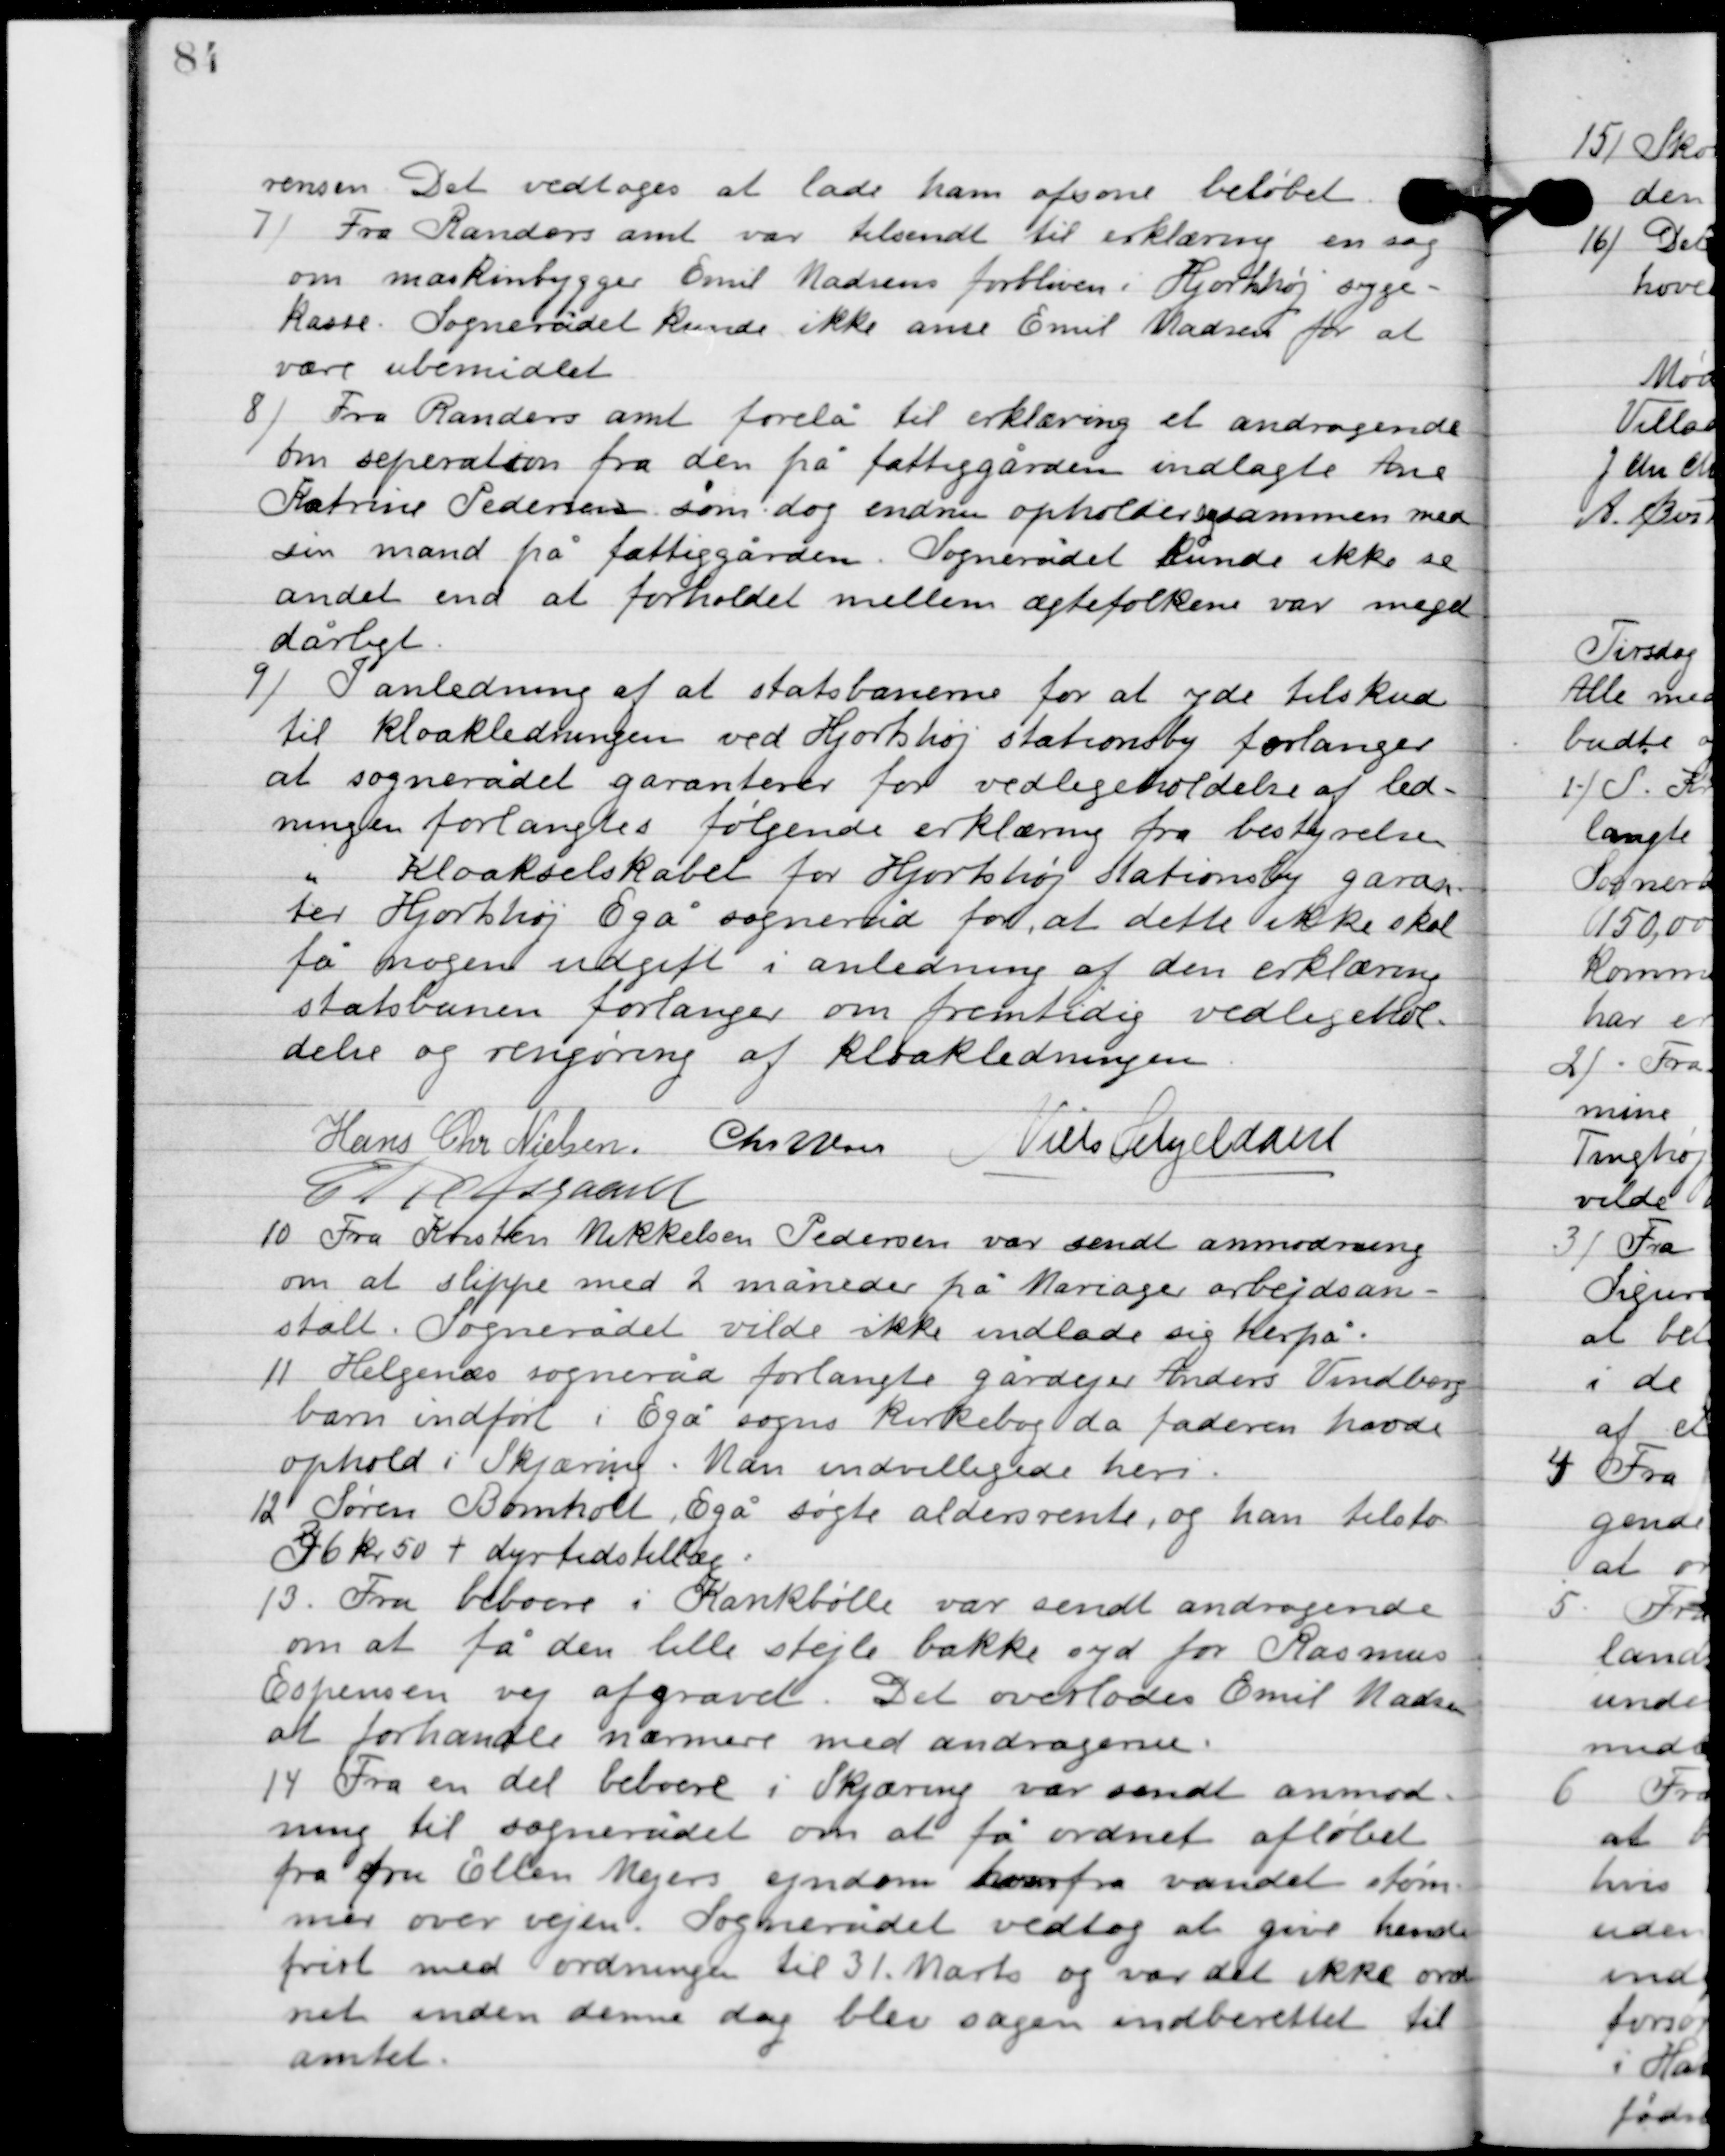
Transskription:
rensen. Det vedtogesat lade ham afsone beløbet.

7

Fra Randers amt var tilsendt til erklæring en sag
om markindbygger Emil Madsens forbliven i Hjortshøj syge-
kasse. Sognerådet kunde ikke anse Emil Madsen for at
være ubemidlet.

8

Fra Randers amt forelå til erklæring et andragende
om separation fra den på fattiggården indlagte Ane
Kristine Pedersen som dog endnu opholder sig sammen med
sin mand på fattiggården. Sognerådet kunde ikke se
andet end at forholdet mellem ægtefolkene var meget
dårligt.

9

I anledning af at statsbanen for at yde tilskud
til kloakledningen ved Hjortshøj stationsby forlanger
at sognerådet garanterer for vedligeholdelse af led-
ningen forlangtes følgende erklæring fra bestyrelsen
Kloakselskabet for Hjortshøj stationsby garan-
ter Hjortshøj Egå sogneråd for, at dette ikke skal
få nogen udgift i anledning af den erklæring
statsbanen forlanger om fremtidig vedligehol-
delse og rengøring af kloakledningen.

Hans Chr. Nielsen
Chr. Wem
Niels Hyldahl
C. Refsgaard.

10.

Fra Kristen Mikkelsen Pedersen var sendt anmodning
om at slippe med 2 måneder på Mariager arbejdsan-
stalt. Sognerådet vilde ikke indlade sig herpå.

11

Helgenæs sogneråd forlangte gårdejer Anders Vindberg
barn indført i Egå sogns Kirkebog da faderen have
 opholdt i Skjæring. Man indvilligede heri.

12

Søren Bomholdt Egå søgte aldersrente, og han tilsto-
des 36 kr. 50 + dyrtidstillæg.

13.

Fra beboere i Krankbølle var sendt andragende
om at få den lille stejle bakke syd for Rasmus
Espersen vej afgravet. Det overlodes Emil Madsen
at forhandle nærmere med andragende.

14

Fra en del beboere i Skjæirng var sendt anmod-
ning til sognerådet om at få ordnet afløbet
fra fru Ellen Mejers ejendom hvorfra vandet strøm-
mer over vejen. Sognerådet vedtog at give hende
frist med ordningen til 31 Marts og var det ikke ord-
net inden denne dag blev sagen indberettet til
amtet.